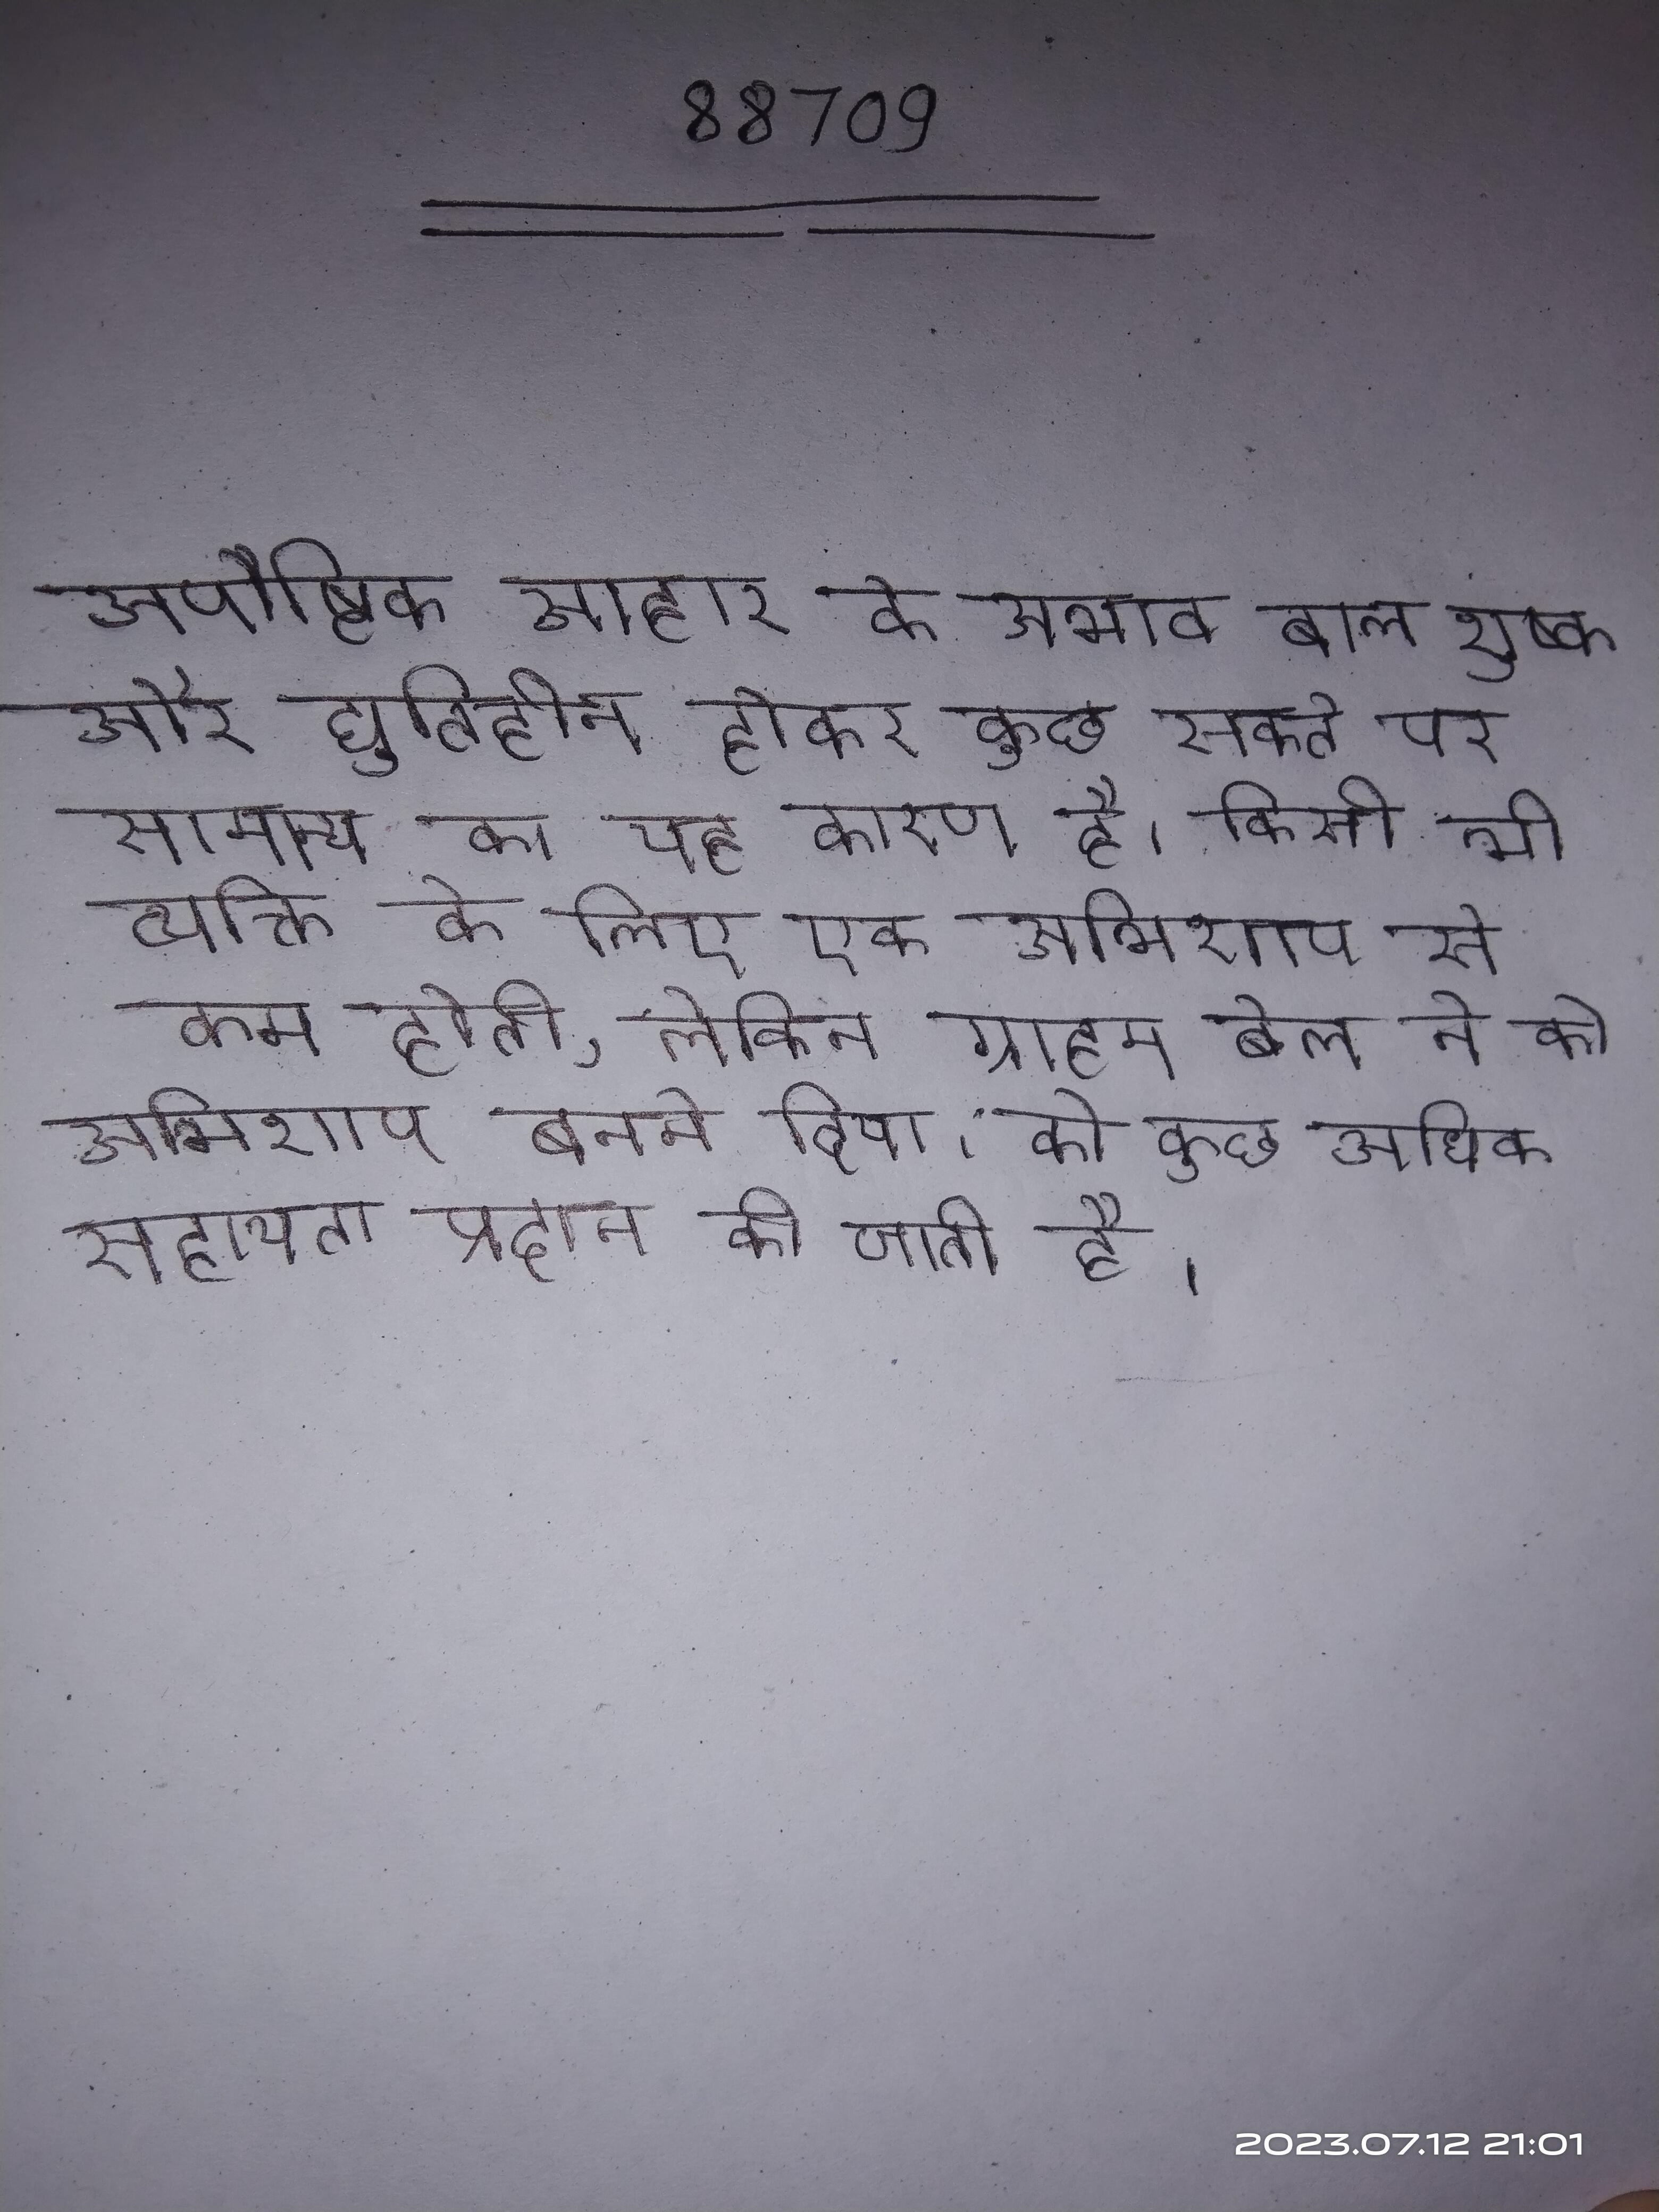
अपौष्टिक आहार के अभाव बाल शुष्क और द्युतिहीन होकर कुछ सकते पर सामान्य का यह कारण है । किसी भी व्यक्ति के लिए एक अभिशाप से कम होती, लेकिन ग्राहम बेल ने को अभिशाप बनने दिया । को कुछ अधिक सहायता प्रदान की जाती है ।